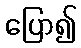
ပြော၍